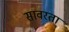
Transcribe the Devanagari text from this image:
सावरता